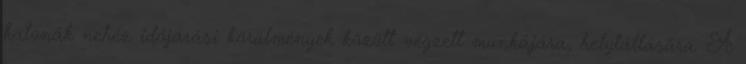
katonák nehéz időjárási körülmények között végzett munkájára, helytállására. A